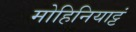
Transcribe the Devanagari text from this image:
मोहिनियाट्टं